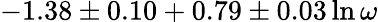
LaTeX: -1.38\pm 0.10+0.79\pm 0.03\ln\omega